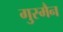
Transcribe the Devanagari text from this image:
गुस्मैन